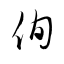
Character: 侚